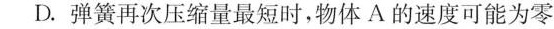
D.弹簧再次压缩量最短时，物体A的速度可能为零